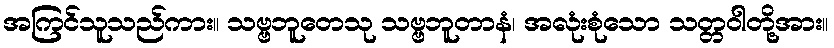
အကြင်သူသည်ကား။ သဗ္ဗဘူတေသု သဗ္ဗဘူတာနံ၊ အလုံးစုံသော သတ္တဝါတို့အား။